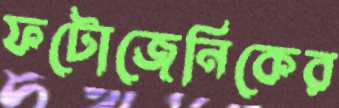
ফটোজেনিকের